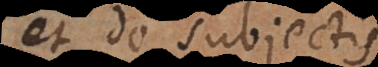
et de subjectis